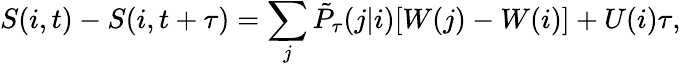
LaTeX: S(i,t)-S(i,t+\tau)=\sum_{j}\tilde{P}_{\tau}(j|i)[W(j)-W(i)]+U(i)\tau,